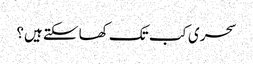
سحری کب تک کھا سکتے ہیں؟